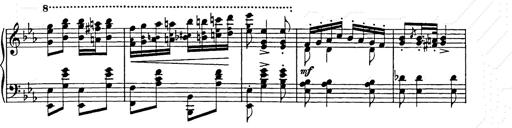
Title: Hungarian Rhapsody No.9
Composer: Franz Liszt
Key: E-flat major